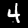
Digit: 4